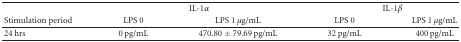
<table><thead><tr><td></td><td colspan="2"><b>IL-1<i>α</i></b></td><td colspan="2"><b>IL-1<i>β</i></b></td></tr><tr><td><b>Stimulation period</b></td><td><b>LPS 0</b></td><td><b>LPS 1 <i>μ</i>g/mL</b></td><td><b>LPS 0</b></td><td><b>LPS 1 <i>μ</i>g/mL</b></td></tr></thead><tbody><tr><td>24 hrs</td><td>0 pg/mL</td><td>470.80 ± 79.69 pg/mL</td><td>32 pg/mL</td><td>400 pg/mL</td></tr></tbody></table>